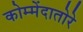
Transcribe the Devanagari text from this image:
कोम्मेंदातोरे